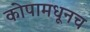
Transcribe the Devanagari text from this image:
कोपामधूनच